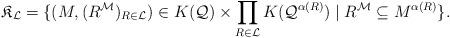
LaTeX: \begin{align*}\mathfrak{K}_{\mathcal{L}} = \{ (M,(R^{\mathcal{M}})_{R \in \mathcal{L}}) \in K(\mathcal{Q}) \times \prod_{R \in \mathcal{L}} K(\mathcal{Q}^{\alpha(R)}) \mid R^{\mathcal{M}} \subseteq M^{\alpha(R)} \}. \end{align*}